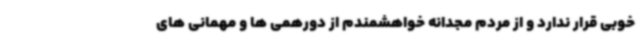
خوبی قرار ندارد و از مردم مجدانه خواهشمندم از دورهمی ها و مهمانی های